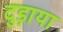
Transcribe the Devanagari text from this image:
दुड़ाया